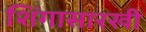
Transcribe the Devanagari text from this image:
शिंगासारखी